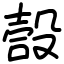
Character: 嗀